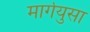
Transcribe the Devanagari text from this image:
मार्गयुसा